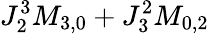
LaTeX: J_{2}^{3}M_{3,0}+J_{3}^{2}M_{0,2}